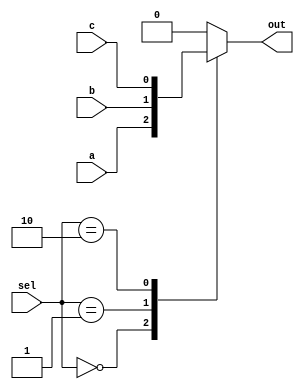
module mux_3_1_case(a,b,c,sel,out);
	
	input [1:0] sel;
	input a,b,c;
	output out;
	reg out;
	
	always @(a or b or c or sel)
		begin
			case (sel)
				2'b00: out = a;
				2'b01: out = b;
				2'b10: out = c;
				default: out = 1'b0;  //to remove latch from RTL
			endcase
		end
	
endmodule